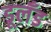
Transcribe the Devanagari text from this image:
डूलँड